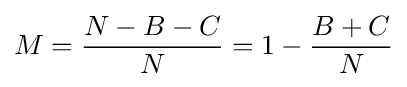
M={\frac {N-B-C}{N}}=1-{\frac {B+C}{N}}